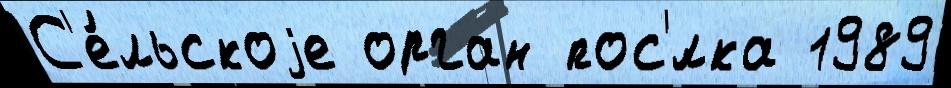
С'е́льскоjе орган пос'́лка 1989